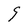
Character: g